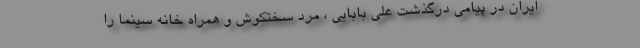
ایران در پیامی درگذشت علی بابایی ، مرد سختکوش و همراه خانه سینما را